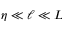
\eta \ll \ell \ll L